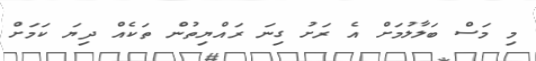
މި މަސް ބަލާލުމަށް އެ ރަށު ގިނަ ރައްޔިތުން ތަކެއް ދިޔަ ކަމަށް